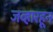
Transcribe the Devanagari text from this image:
जव्हारहून